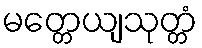
မတ္တေယျသုတ္တံ